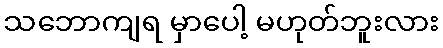
သဘောကျရ မှာပေါ့ မဟုတ်ဘူးလား